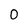
Character: O